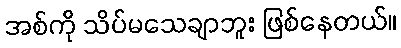
အစ်ကို သိပ်မသေချာဘူး ဖြစ်နေတယ်။